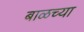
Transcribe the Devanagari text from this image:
बाळच्या